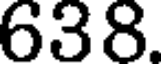
638.